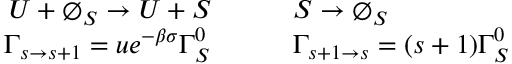
\begin{array} { r l } { U + \varnothing _ { S } \to U + S \qquad } & { { } S \to \varnothing _ { S } } \\ { \Gamma _ { s \to s + 1 } = u e ^ { - \beta \sigma } \Gamma _ { S } ^ { 0 } \quad \quad } & { { } \Gamma _ { s + 1 \to s } = ( s + 1 ) \Gamma _ { S } ^ { 0 } } \end{array}